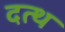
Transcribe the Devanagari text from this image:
दत्थ